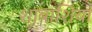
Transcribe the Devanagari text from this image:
शाबाशियां